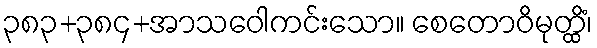
၃၈၃+၃၈၄+အာသဝေါကင်းသော။ စေတောဝိမုတ္ထိံ၊